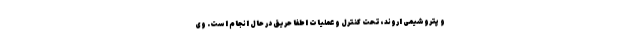
و پتروشیمی اروند، تحت کنترل و عملیات اطفا حریق در حال انجام است. وی